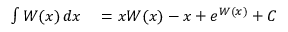
\begin{array} { r l } { \int W ( x ) \, d x } & { { } = x W ( x ) - x + e ^ { W ( x ) } + C } \end{array}